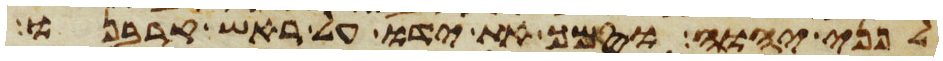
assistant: לפני יהוה וסמך את ידו על ראש קרבנו